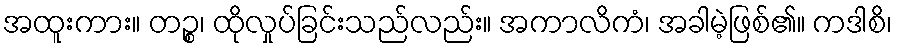
အထူးကား။ တဉ္စ၊ ထိုလှုပ်ခြင်းသည်လည်း။ အကာလိကံ၊ အခါမဲ့ဖြစ်၏။ ကဒါစိ၊